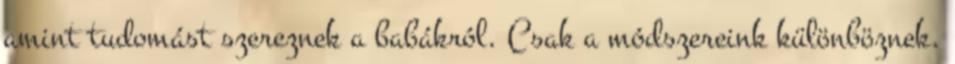
amint tudomást szereznek a babákról. Csak a módszereink különböznek.